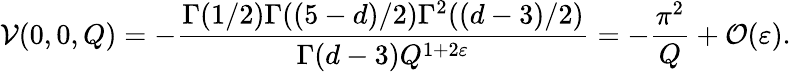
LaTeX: \mathcal{V}(0,0,Q)=-\frac{\Gamma(1/2)\Gamma((5-d)/2)\Gamma^{2}((d-3)/2)}{\Gamma(d-3)Q^{1+2\varepsilon}}=-\frac{\pi^{2}}{Q}+\mathcal{O}(\varepsilon).